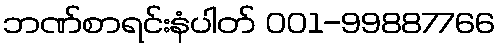
ဘဏ်စာရင်းနံပါတ် 001-99887766